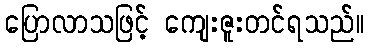
ပြောလာသဖြင့် ကျေးဇူးတင်ရသည်။